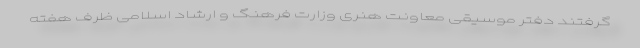
گرفتند دفتر موسیقی معاونت هنری وزارت فرهنگ و ارشاد اسلامی ظرف هفته